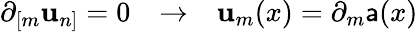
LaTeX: \partial_{[m}\mathbf{u}_{n]}=0~~~\rightarrow~~~\mathbf{u}_{m}(x)=\partial_{m}\mathsf{a}(x)